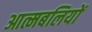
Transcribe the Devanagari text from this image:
आत्मबलियों